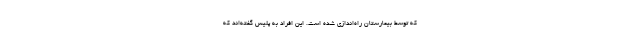
که توسط بیمارستان راه‌اندازی شده است. این افراد به پلیس گفته‌اند که